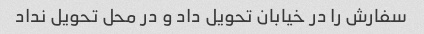
سفارش را در خیابان تحویل داد و در محل تحویل نداد